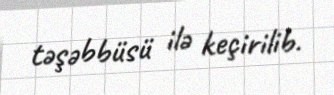
təşəbbüsü ilə keçirilib.